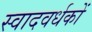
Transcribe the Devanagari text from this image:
स्वादवर्धकों